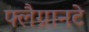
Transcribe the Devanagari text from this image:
फ्लैग्रानटे